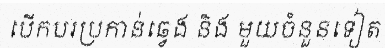
បើកបរប្រកាន់ឆ្វេង និង មួយចំនួនទៀត